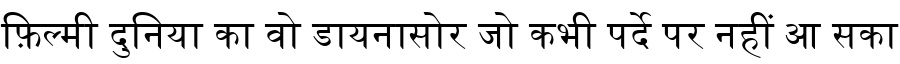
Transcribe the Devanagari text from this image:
फ़िल्मी दुनिया का वो डायनासोर जो कभी पर्दे पर नहीं आ सका